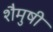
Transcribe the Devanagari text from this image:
शैमुषी